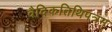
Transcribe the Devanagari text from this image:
वैदिकतिथिपत्रम्